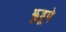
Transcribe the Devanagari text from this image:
झुडूपे